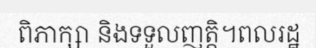
ពិភាក្សា និងទទួលញត្តិ។ពលរដ្ឋ